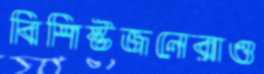
বিশিষ্টজনেরাও